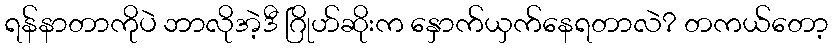
ရန်နာတာကိုပဲ ဘာလိုအဲ့ဒီ ဂြိုဟ်ဆိုးက နှောက်ယှက်နေရတာလဲ? တကယ်တော့